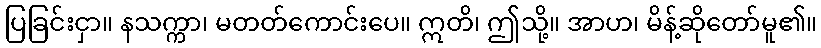
ပြခြင်းငှာ။ နသက္ကာ၊ မတတ်ကောင်းပေ။ ဣတိ၊ ဤသို့။ အာဟ၊ မိန့်ဆိုတော်မူ၏။